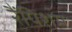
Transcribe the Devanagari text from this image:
रैंपिशम